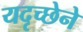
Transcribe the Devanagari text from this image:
यदृच्छेने